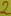
Text: 2